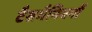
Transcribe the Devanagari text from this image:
टैसमैनियनों